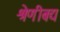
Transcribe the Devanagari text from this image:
श्रेणीबद्य